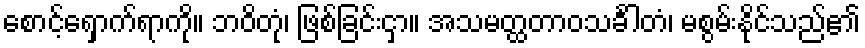
စောင့်ရှောက်ရာကို။ ဘဝိတုံ၊ ဖြစ်ခြင်းငှာ။ အသမတ္ထတာဝသင်္ခါတံ၊ မစွမ်းနိုင်သည်၏